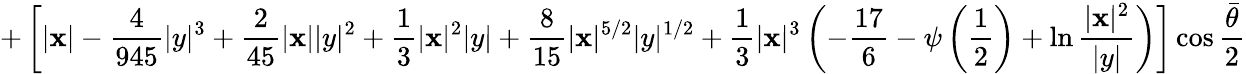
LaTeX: +\left[|\mathbf{x}|-{\frac{{4}}{{945}}}|y|^{3}+{\frac{{2}}{{45}}}|\mathbf{x}||y|^{2}+{\frac{{1}}{{3}}}|\mathbf{x}|^{2}|y|+{\frac{{8}}{{15}}}|\mathbf{x}|^{5/2}|y|^{1/2}+{\frac{{1}}{{3}}}|\mathbf{x}|^{3}\left(-{\frac{{17}}{{6}}}-\psi\left(\frac{{1}}{{2}}\right)+\ln{\frac{{|\mathbf{x}|^{2}}}{{|y|}}}\right)\right]\cos{\frac{{\bar{{\theta}}}}{{2}}}